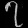
Digit: ၇